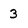
Character: 3